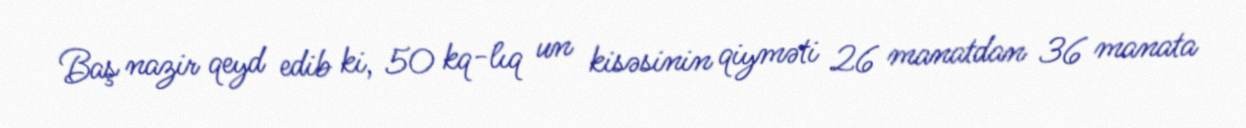
Baş nazir qeyd edib ki, 50 kq-lıq un kisəsinin qiyməti 26 manatdan 36 manata